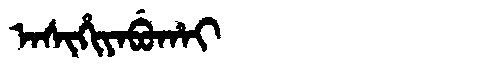
Manchu: ᠠᠰᡳᡥᡳᠶᠠᠪᡠᡥᠠᡳ
Romanization: ASIHIYABUHAI